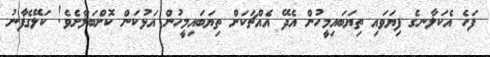
ފަހެ އެކަލާނގެ ފިޔަވައި ތިޔަބައިމީހުން އެދޭ އެއްޗަކަށް ތިޔަބައިމީހުން އަޅުކަން ކޮށްބަލާށެވެ! ކަލޭގެފާނު